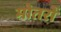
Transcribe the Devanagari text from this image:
मोतरों